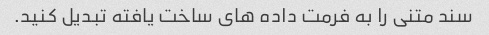
سند متنی را به فرمت داده های ساخت یافته تبدیل کنید.